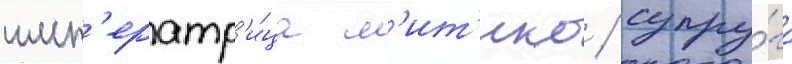
имп'ератр'и́ца м'ит'ико / супру́га